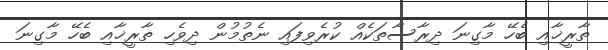
ތާރީޚާއި ބެހޭ މާގިނަ ދިރާސާތަކެއް ކުރެވިފައި ނެތުމުން ދިވެހި ތާރީޚާއި ބެހޭ މާގިނަ